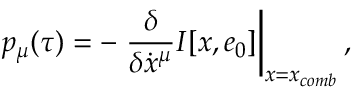
p _ { \mu } ( \tau ) = - \left. \frac { \delta } { \delta \dot { x } ^ { \mu } } I [ x , e _ { 0 } ] \right\vert _ { x = x _ { c o m b } } ,